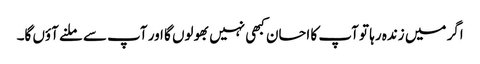
اگر میں زندہ رہا تو آپ کا احسان کبھی نہیں بھولوں گا اور آپ سے ملنے آؤں گا۔